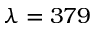
\lambda = 3 7 9